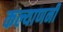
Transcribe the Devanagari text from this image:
कल्याणनी